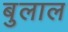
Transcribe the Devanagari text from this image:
बुलाल